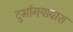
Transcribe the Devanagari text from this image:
दुर्भागयावाश